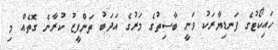
ހައިކޯޓުގެ ފަނޑިޔާރަކު ވަނީ ބާސިތުގެ މަރުގެ އަދަބު ތަންފީޒު ކުރާނެ ގޮތެއް މި